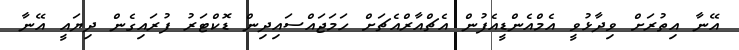
އޭނާ އިތުރަށް ވިދާޅުވީ އެމްއެންޑީއެފުން އެޗްއާރްއެޗަށް ހަމަޖައްސައިދިން ޑޮކްޓަރު ފުރައިގެން ދިޔައީ އޭނާ